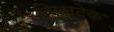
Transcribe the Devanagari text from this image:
सिस्टेक